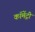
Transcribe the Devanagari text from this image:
कॉमेंट्री